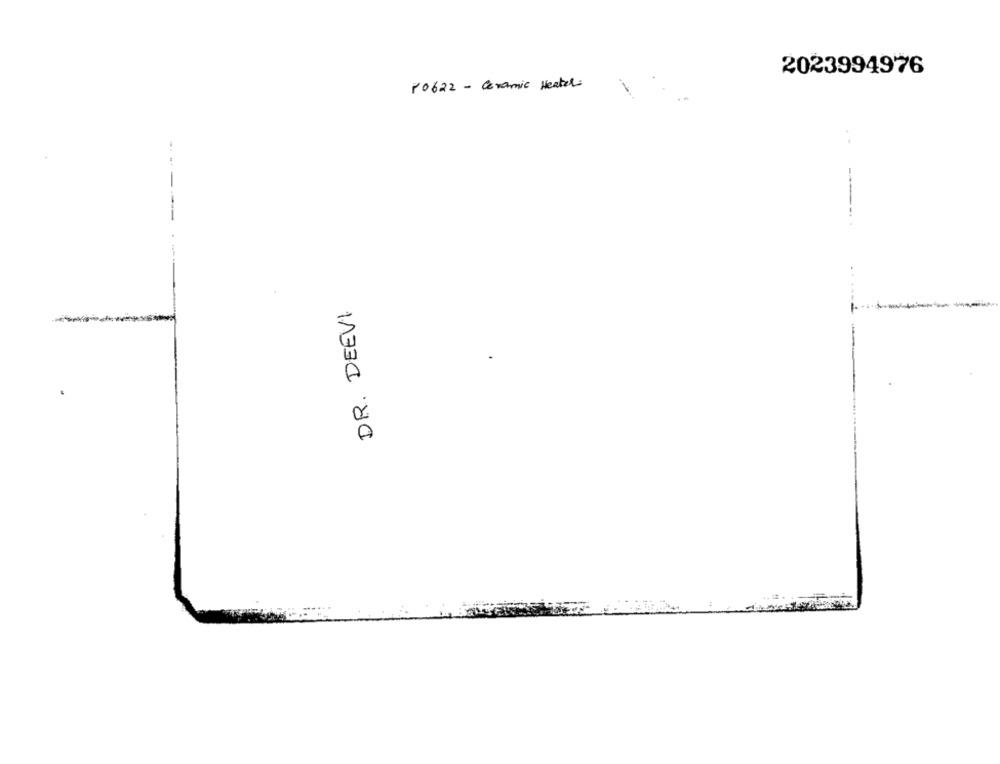
2023994976
70622 - Ceramic Heater
-
DR. DEEVI